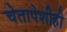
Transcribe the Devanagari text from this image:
चेतापेशीही